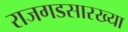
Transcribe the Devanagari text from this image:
राजगडसारख्या